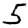
Digit: 5